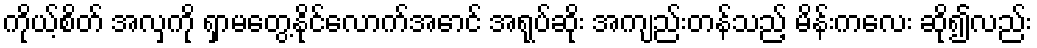
ကိုယ့်စိတ် အလှကို ရှာမတွေ့နိုင်လောက်အောင် အရုပ်ဆိုး အကျည်းတန်သည့် မိန်းကလေး ဆို၍လည်း